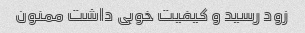
زود رسید و کیفیت خوبی داشت ممنون